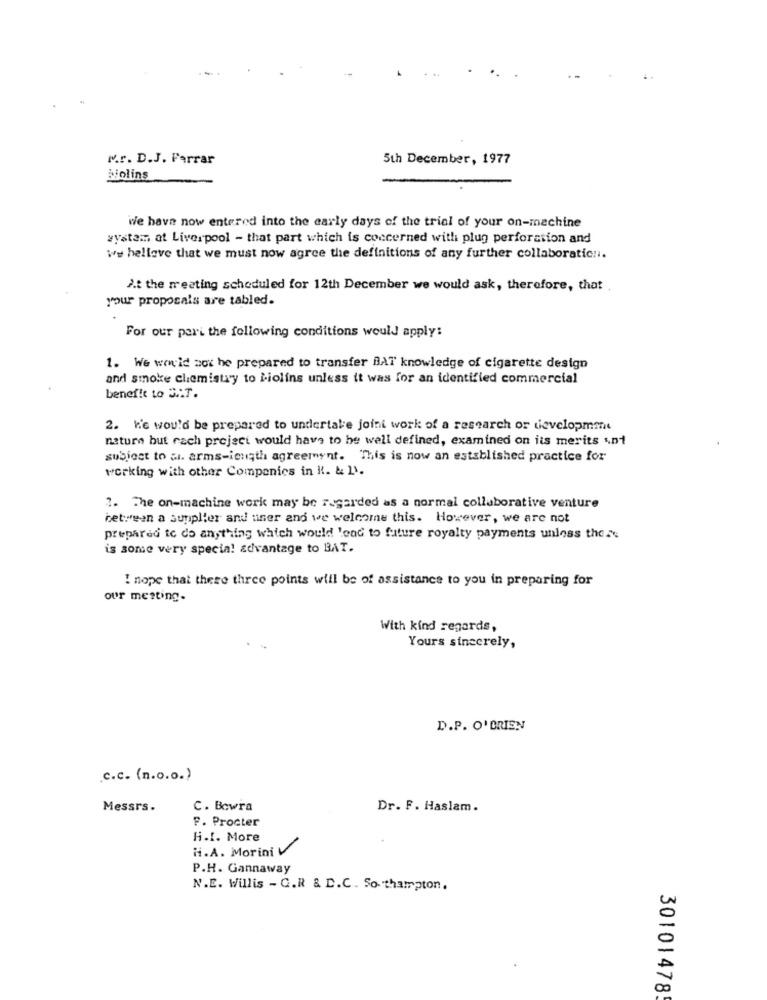
M.r. D.J. Farrar
5th December, 1977
biolins
we have now entered into the early days of the trial of your on-machine
system at Liverpool - that part which is concerned with plug perforation and
we hellove that we must now agree the definitions of any further collaboration.
At the meeting scheduled for 12th December we would ask, therefore, that
your proposals are tabled.
For our pari the following conditions would apply:
1. We would not be prepared to transfer BAT knowledge of cigarette design
and smoke chemistry to Liolins unless it was for an identified commercial
benefit to S .: T.
2. he would be prepared to undertake joini work of a research or development
natura but rach project would have to be well defined, examined on its merits ,ni
subject to al. arms-iength agreement. This is now an established practice for
working with other Companies in I. & 1.
2. The on-machine work may be regarded as a normal collaborative venture
between a supplier and user and we welcome this. However, we are not
prepared ic do anything which would 'end to future royalty payments unless there
is some very special advantage to BAT.
I nope that these three points will be of assistance to you in preparing for
our metting.
With kind regards,
Yours sincerely,
D.P. O' BRIEN
.c.c. (n.o.o.)
Messrs.
C. Bowra
Dr. F. Haslam.
F. Procter
H.I. More
H.A. Morini
P.H. Gannaway
N.E. Willis - C.R & D.C. So thampton.
30101478